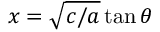
x = { \sqrt { c / a } } \tan \theta